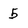
Character: 5